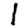
Digit: 1